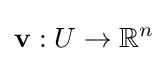
\mathbf {v} :U\to \mathbb {R} ^{n}